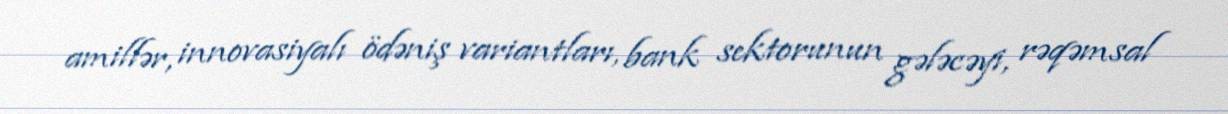
amillər, innovasiyalı ödəniş variantları, bank sektorunun gələcəyi, rəqəmsal